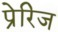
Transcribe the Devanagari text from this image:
प्रेरिज